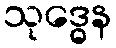
သုဒ္ဓေန